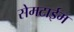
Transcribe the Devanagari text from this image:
सेमटाईम